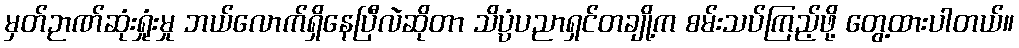
မှတ်ဉာဏ်ဆုံးရှုံးမှု ဘယ်လောက်ရှိနေပြီလဲဆိုတာ သိပ္ပံပညာရှင်တချို့က စမ်းသပ်ကြည့်ဖို့ တွေ့ထားပါတယ်။